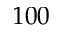
1 0 0